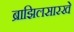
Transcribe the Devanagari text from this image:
ब्राझिलसारखे